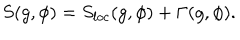
LaTeX: S ( g , \phi ) = S _ { l o c } ( g , \phi ) + \Gamma ( g , \phi ) .